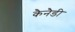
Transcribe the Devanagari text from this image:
कैनैडी